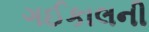
ગઈકાલની